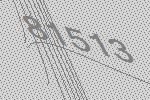
81513